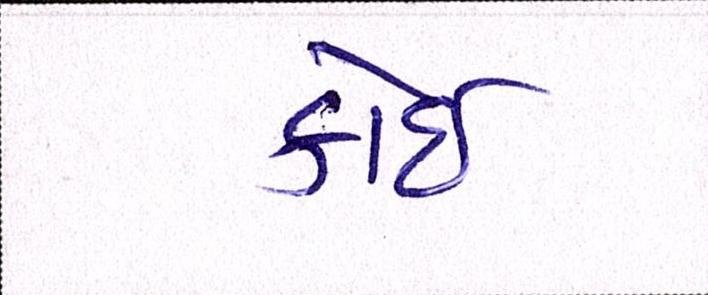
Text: કોઈ